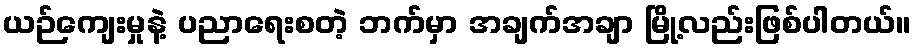
ယဉ်ကျေးမှုနဲ့ ပညာရေးစတဲ့ ဘက်မှာ အချက်အချာ မြို့လည်းဖြစ်ပါတယ်။